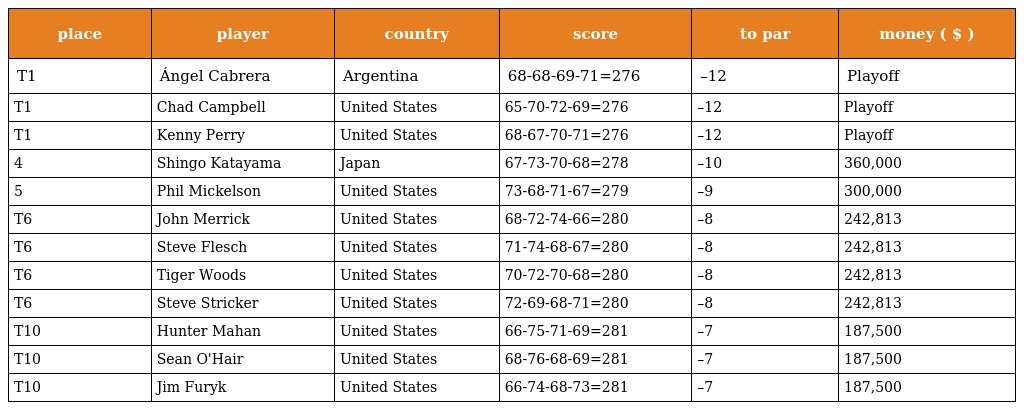
| place | player | country | score | to par | money ( $ ) |
 | --- | --- | --- | --- | --- | --- |
 | T1 | Ángel Cabrera | Argentina | 68-68-69-71=276 | –12 | Playoff |
 | T1 | Chad Campbell | United States | 65-70-72-69=276 | –12 | Playoff |
 | T1 | Kenny Perry | United States | 68-67-70-71=276 | –12 | Playoff |
 | 4 | Shingo Katayama | Japan | 67-73-70-68=278 | –10 | 360,000 |
 | 5 | Phil Mickelson | United States | 73-68-71-67=279 | –9 | 300,000 |
 | T6 | John Merrick | United States | 68-72-74-66=280 | –8 | 242,813 |
 | T6 | Steve Flesch | United States | 71-74-68-67=280 | –8 | 242,813 |
 | T6 | Tiger Woods | United States | 70-72-70-68=280 | –8 | 242,813 |
 | T6 | Steve Stricker | United States | 72-69-68-71=280 | –8 | 242,813 |
 | T10 | Hunter Mahan | United States | 66-75-71-69=281 | –7 | 187,500 |
 | T10 | Sean O'Hair | United States | 68-76-68-69=281 | –7 | 187,500 |
 | T10 | Jim Furyk | United States | 66-74-68-73=281 | –7 | 187,500 |